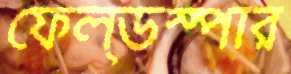
ফেল্ডস্পার